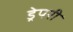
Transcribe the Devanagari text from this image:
ड्रेपरी